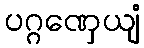
ပဂ္ဂဏှေယျံ